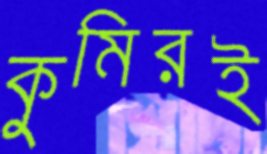
কুমিরই